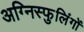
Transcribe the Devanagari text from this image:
अग्निस्फुलिंगों